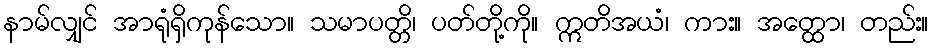
နာမ်လျှင် အာရုံရှိကုန်သော။ သမာပတ္တိ၊ ပတ်တို့ကို။ ဣတိအယံ၊ ကား။ အတ္ထော၊ တည်း။